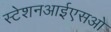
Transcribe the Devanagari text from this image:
स्टेशनआईएसओ